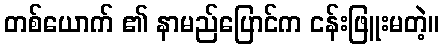
တစ်ယောက် ၏ နာမည်ပြောင်က ငန်းဖြူးမတဲ့။